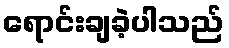
ရောင်းချခဲ့ပါသည်